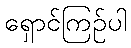
ရှောင်ကြဉ်ပါ